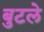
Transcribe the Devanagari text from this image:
बुटले